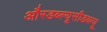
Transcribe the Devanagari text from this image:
औरडब्ल्यूसीडब्ल्यू